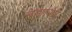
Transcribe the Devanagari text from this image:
बह्मास्त्र